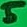
Text: 5